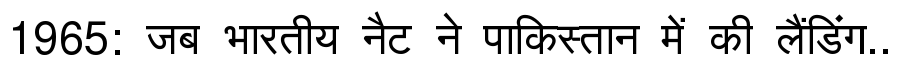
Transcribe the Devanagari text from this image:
1965: जब भारतीय नैट ने पाकिस्तान में की लैंडिंग..